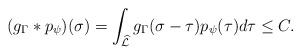
LaTeX: \begin{align*}(g_\Gamma \ast p_\psi)(\sigma) = \int_{\widehat{\mathcal{L}}} g_\Gamma(\sigma-\tau) p_\psi(\tau) d\tau \leq C.\end{align*}